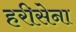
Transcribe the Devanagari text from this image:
हरीसेना